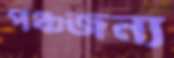
পঞ্চজন্য